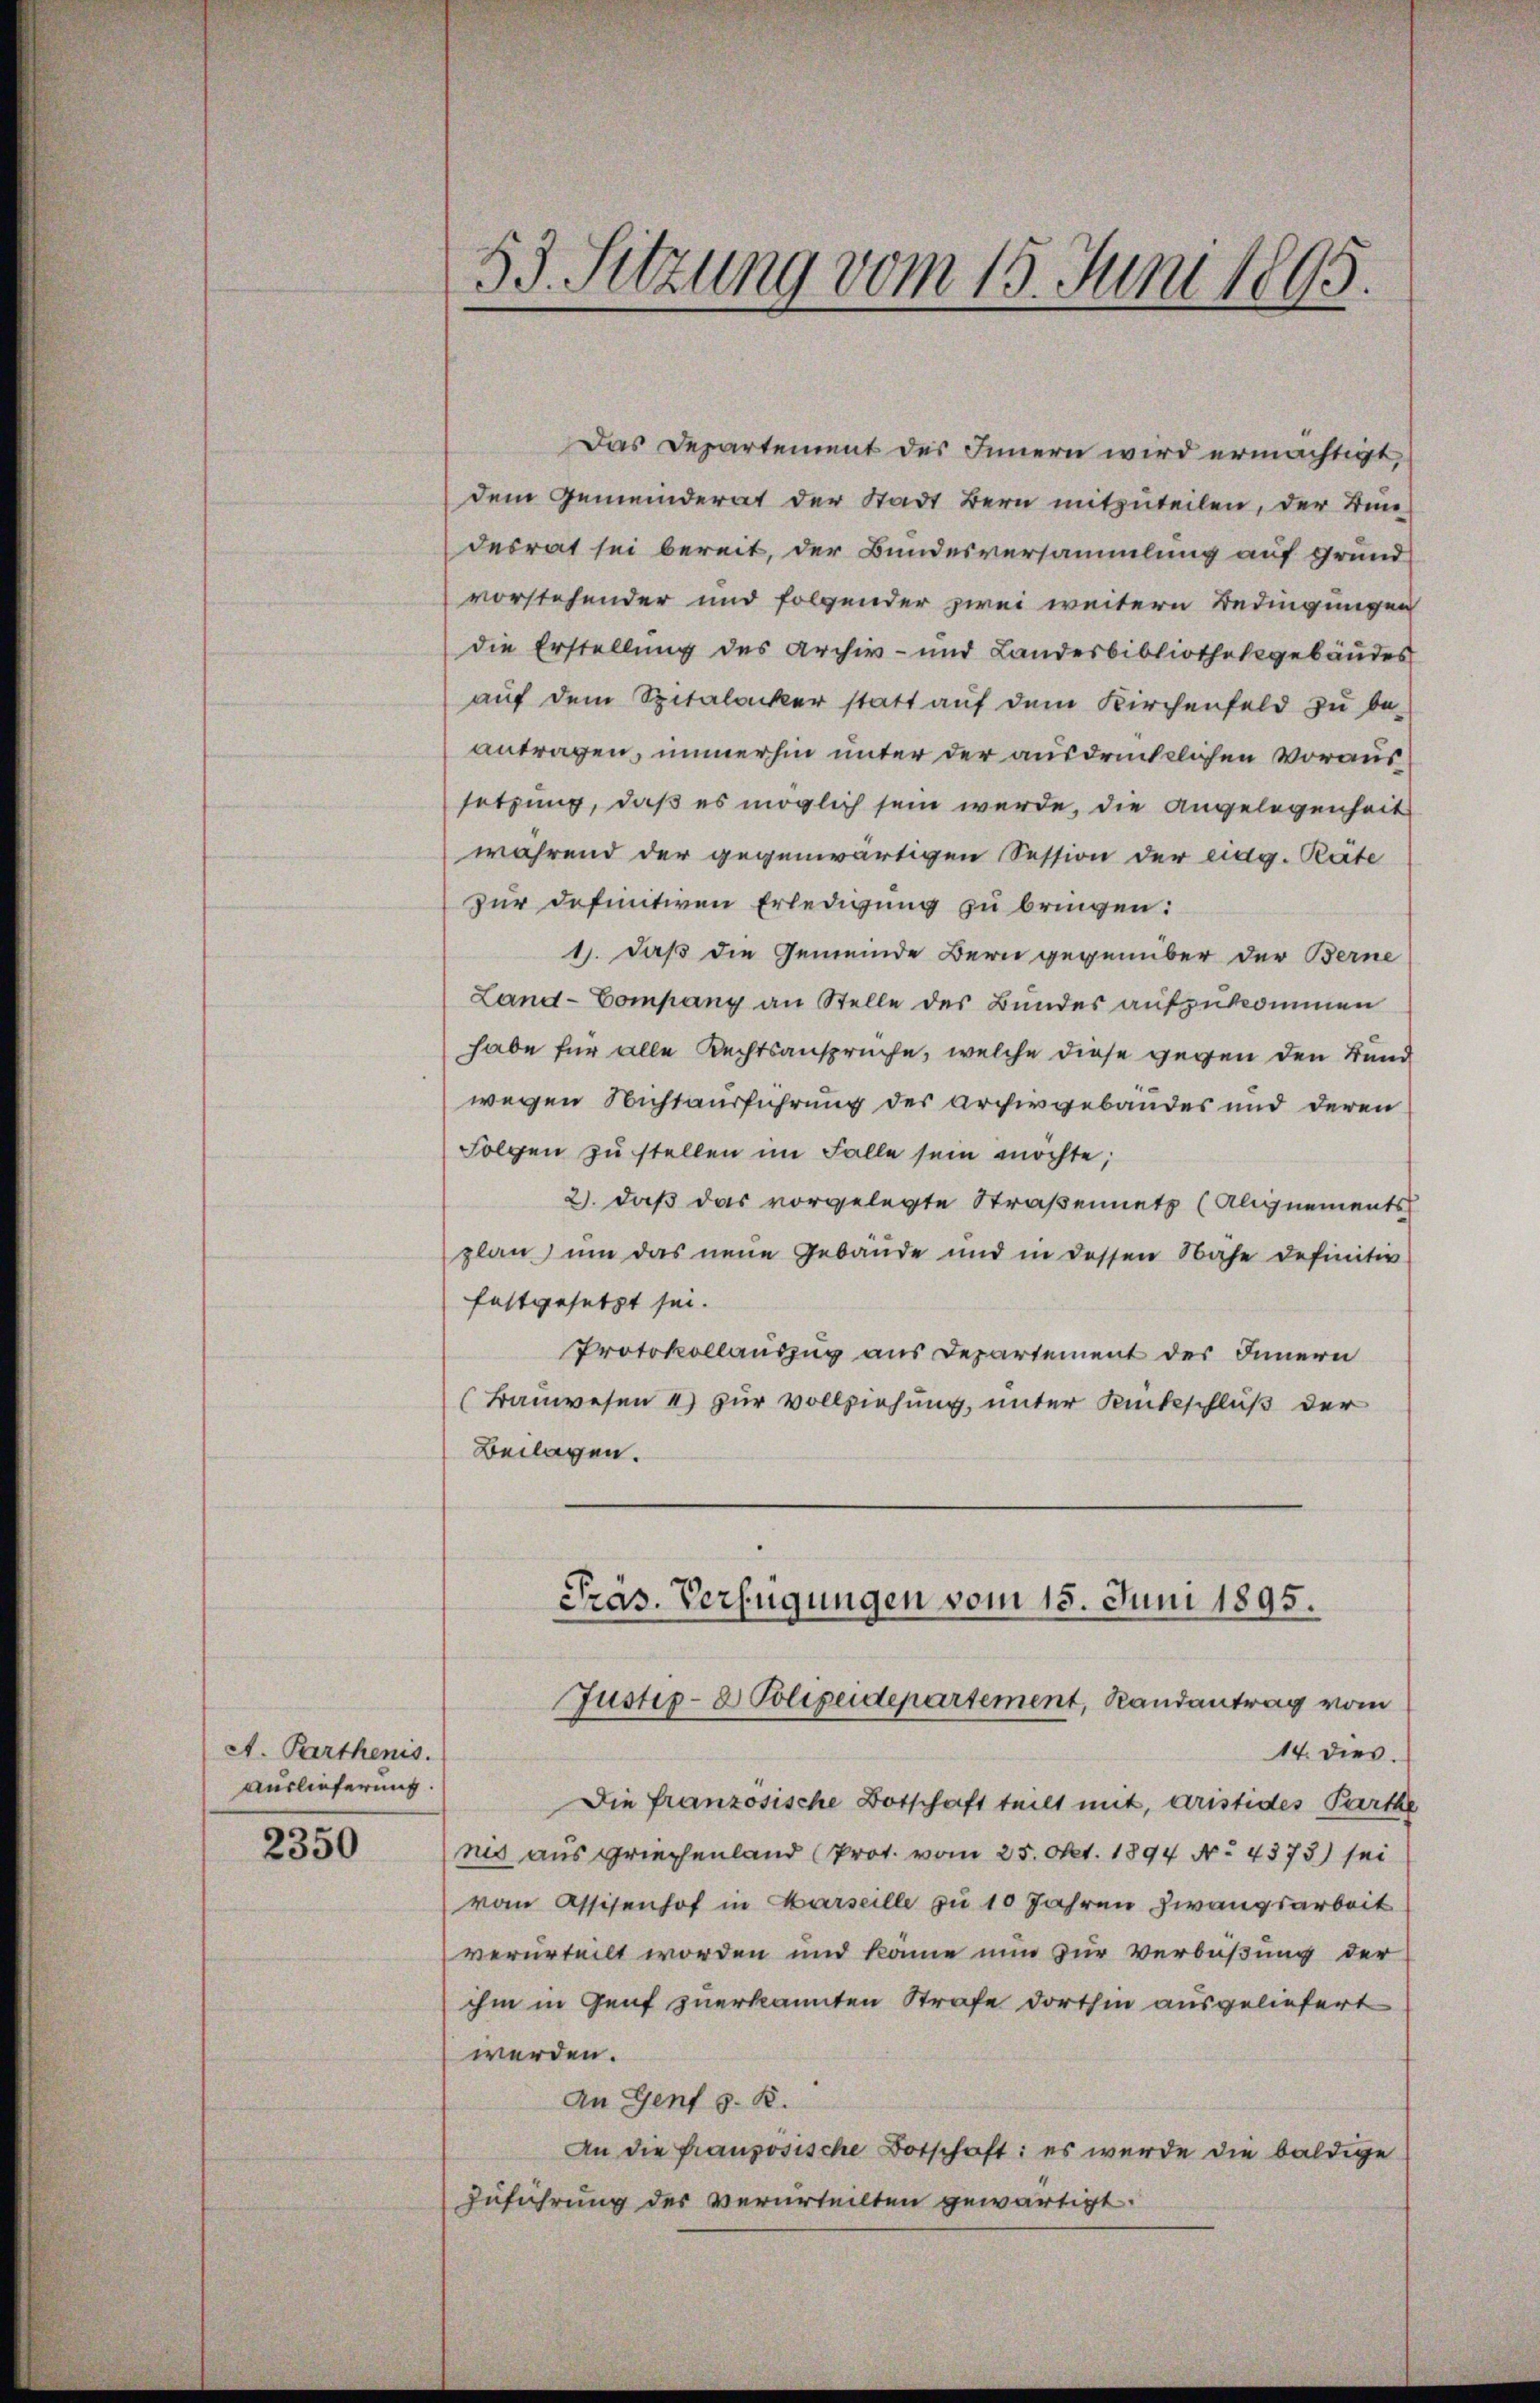
A. Parthenis.
Auslieferung.

2350

53. Sitzung vom 15. Juni 1895.

Das Departement des Innern wird ermächtigt,
dem Gemeinderat der Stadt Bern mitzuteilen, der Bundesrat sei bereit, der Bundesversammlung auf Grund-
vorstehender und folgender zwei weitern Bedingungen
die Erstellung des Archiv- und Landesbibliothekgebäudes
auf dem Spitalacker statt auf dem Kirchenfeld zu be-
antragen, immerhin unter der ausdrücklichen Voraussetzung, daß es möglich sein werde, die Angelegenheit
während der gegenwärtigen Session der eidg. Räte
zur definitiven Erledigung zu bringen:
1. daß die Gemeinde Bern gegenüber der Berne
Land-Company an Stelle des Bundes aufzukommen
habe für alle Rechtsanspruche, welche diese gegen den Bund
wegen Nichtausführung der Archivgebäudes und deren
Folgen zu stellen im Falle sein möchte,
2. daß das vorgelegte Straßennetz (Alignements
plan um das neue Gebäude und in dessen Nähe definitiv
festgesetzt sei.
Protokollauszug aus Departement des Innern
(Bauwesen 4) zur Vollziehung, unter Rückschluß der
Beilagen.
Präs. Verfügungen vom 15. Juni 1895.

Justiz- & Polizeidepartement, Randantrag vom

14. dies.
Die französische Botschaft teilt mit, aristides Parthe
nis aus Griechenland (Prot. vom 25. Okt. 1894 No. 4373) sei
vom Assisenhof in Marseille zu 10 Jahren Zwangsarbeit
verurteilt worden und könne nun zur Verbüßung der
ihm in Genf zuerkannten Strafe dorthin ausgeliefert
werden.
An Genf s. B.
An die französische Botschaft: es wurde die baldige
Zuführung der verurteilten gewärtigt.